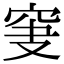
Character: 𥥞